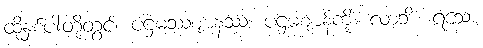
ထိုနှစ်ပါးတို့တွင်။ ပဌမဿဈာနဿ၊ ပဌမဈာန်ကို။ လာဘိံ၊ ရသော